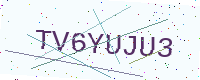
Text: TV6YUJU3